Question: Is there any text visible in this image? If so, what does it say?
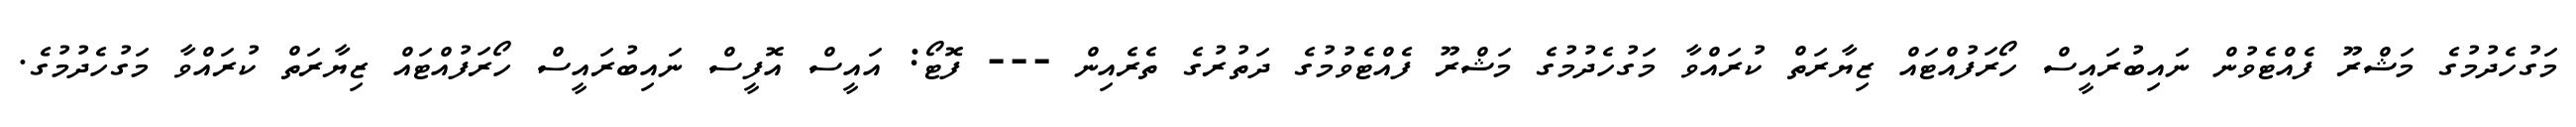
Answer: މަގުހެދުމުގެ މަޝްރޫ ފެއްޓެވުން ނައިބުރައީސް ހޯރަފުއްޓައް ޒިޔާރަތް ކުރައްވާ މަގުހެދުމުގެ މަޝްރޫ ފެއްޓެވުމުގެ ދަތުރުގެ ތެރެއިން --- ފޮޓޯ: އައީސް އޮފީސް ނައިބުރައީސް ހޯރަފުއްޓައް ޒިޔާރަތް ކުރައްވާ މަގުހެދުމުގެ.